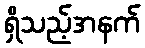
ရှိသည့်အနက်